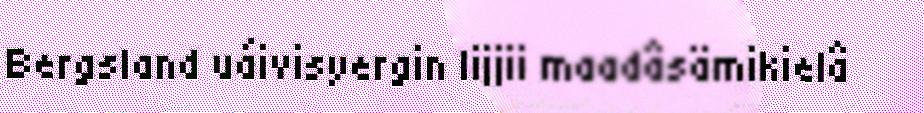
Bergsland uáivisyergin lijjii maadâsämikielâ